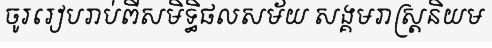
ចូររៀបរាប់ពីសមិទ្ធិផលសម័យ សង្គមរាស្ត្រនិយម